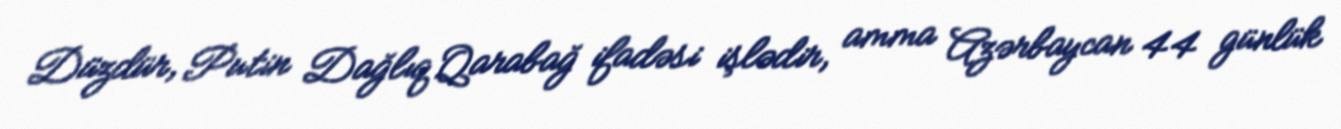
Düzdür, Putin Dağlıq Qarabağ ifadəsi işlədir, amma Azərbaycan 44 günlük